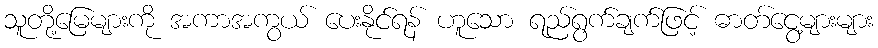
သူတို့မြေများကို အကာအကွယ် ပေးနိုင်ရန် ဟူသော ရည်ရွက်ချက်ဖြင့် ဓာတ်ငွေ့များများ